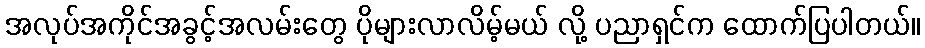
အလုပ်အကိုင်အခွင့်အလမ်းတွေ ပိုများလာလိမ့်မယ် လို့ ပညာရှင်က ထောက်ပြပါတယ်။